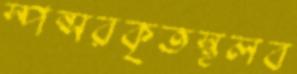
স্পন্সরকৃতস্থলব